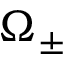
\Omega _ { \pm }